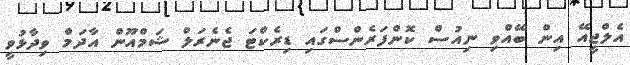
އެލްޖީއޭ އިން ބޭއްވި ނިއުސް ކޮންފަރެންސްގައި ޑިރެކްޓަ ޖެނެރަލް ޝަމްއޫން އާދަމް ވިދާޅުވީ